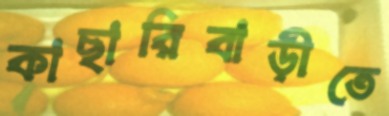
কাছারিবাড়ীতে